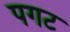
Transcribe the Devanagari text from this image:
पगट